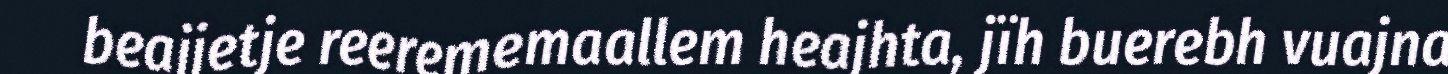
beajjetje reerememaallem heajhta, jïh buerebh vuajna